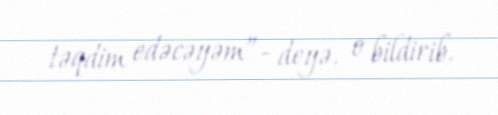
təqdim edəcəyəm”- deyə, o bildirib.